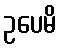
ဥပေမိ